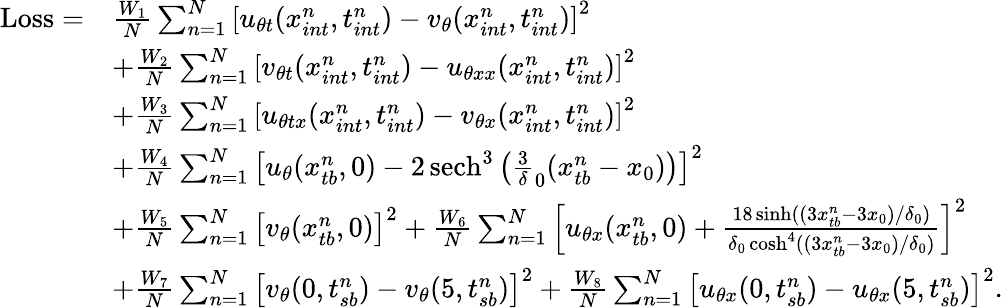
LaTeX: \begin{array}{rl}{\mathrm{Loss}=}&{\frac{W_{1}}{N}\sum_{n=1}^{N}\left[u_{\theta t}(x_{int}^{n},t_{int}^{n})-v_{\theta}(x_{int}^{n},t_{int}^{n})\right]^{2}}\\ &{+\frac{W_{2}}{N}\sum_{n=1}^{N}\left[v_{\theta t}(x_{int}^{n},t_{int}^{n})-u_{\theta xx}(x_{int}^{n},t_{int}^{n})\right]^{2}}\\ &{+\frac{W_{3}}{N}\sum_{n=1}^{N}\left[u_{\theta tx}(x_{int}^{n},t_{int}^{n})-v_{\theta x}(x_{int}^{n},t_{int}^{n})\right]^{2}}\\ &{+\frac{W_{4}}{N}\sum_{n=1}^{N}\left[u_{\theta}(x_{tb}^{n},0)-2\, \mathrm{sech}^{3}\left(\frac{3}{\delta}_{0}(x_{tb}^{n}-x_{0})\right)\right]^{2}}\\ &{+\frac{W_{5}}{N}\sum_{n=1}^{N}\left[v_{\theta}(x_{tb}^{n},0)\right]^{2}+\frac{W_{6}}{N}\sum_{n=1}^{N}\left[u_{\theta x}(x_{tb}^{n},0)+\frac{18\sinh((3x_{tb}^{n}-3x_{0})/\delta_{0})}{\delta_{0}\cosh^{4}((3x_{tb}^{n}-3x_{0})/\delta_{0})}\right]^{2}}\\ &{+\frac{W_{7}}{N}\sum_{n=1}^{N}\left[v_{\theta}(0,t_{sb}^{n})-v_{\theta}(5,t_{sb}^{n})\right]^{2}+\frac{W_{8}}{N}\sum_{n=1}^{N}\left[u_{\theta x}(0,t_{sb}^{n})-u_{\theta x}(5,t_{sb}^{n})\right]^{2}.}\end{array}